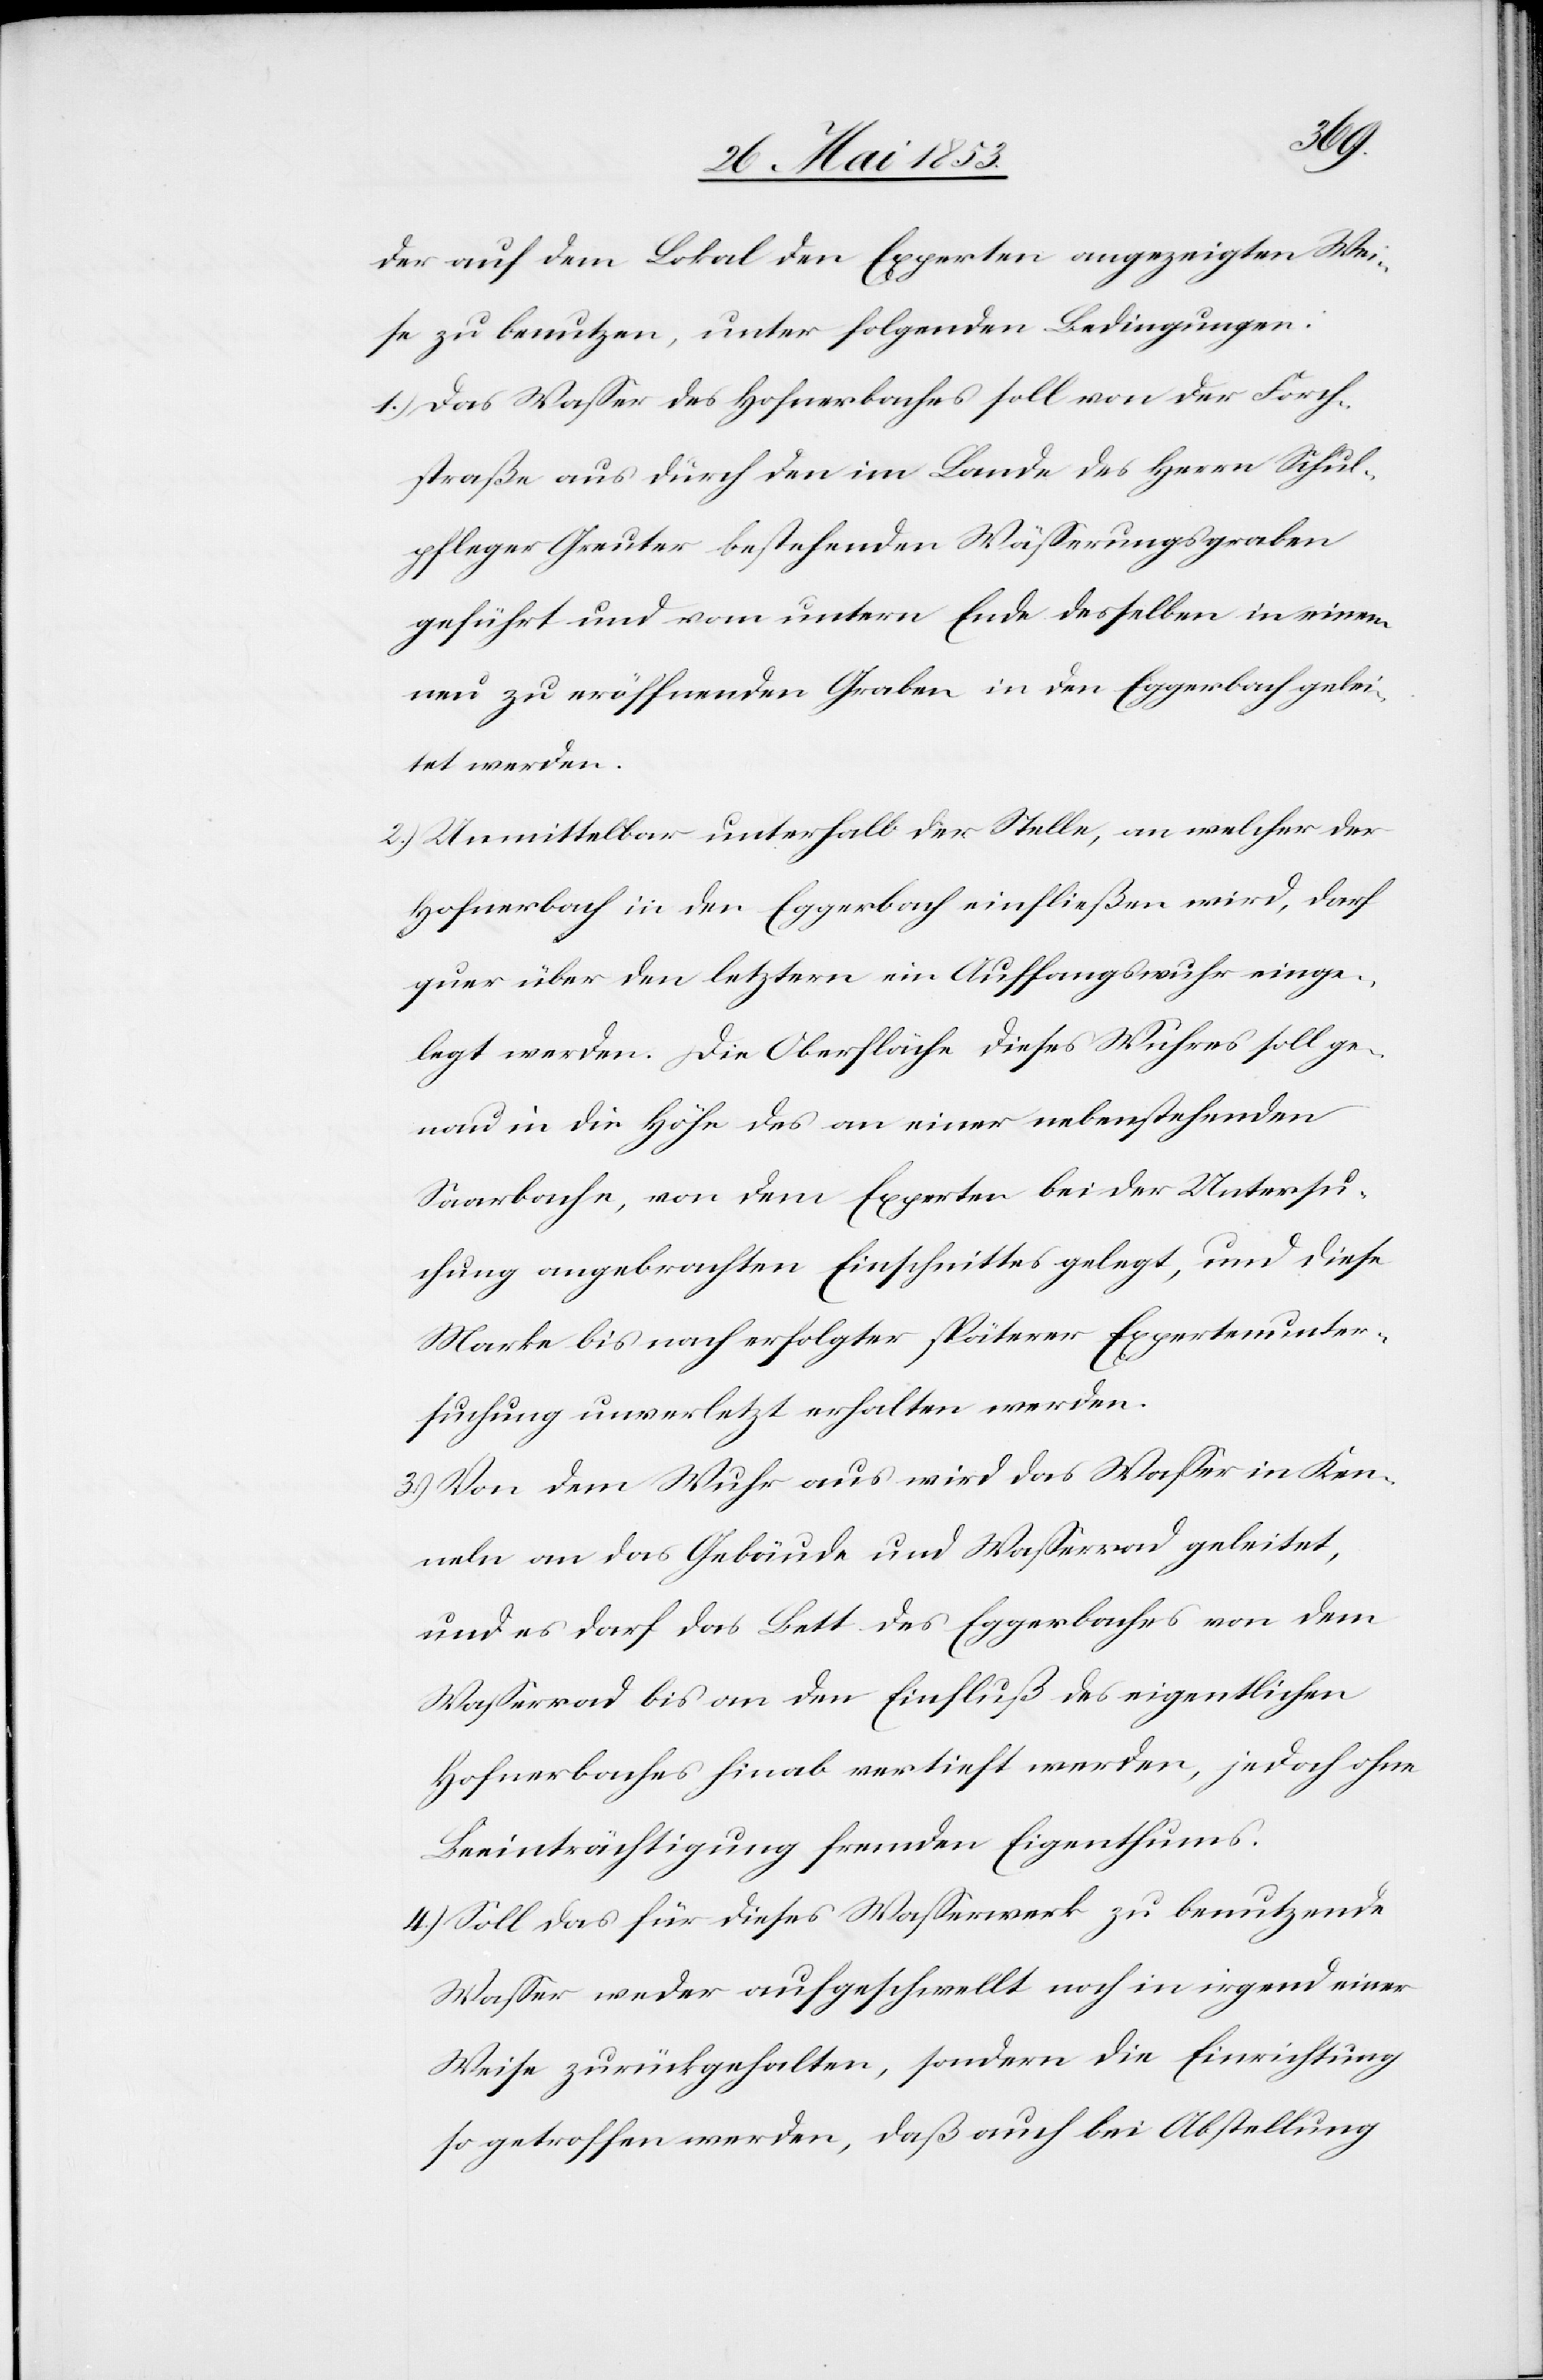
der auf dem Lokal den Experten angezeigten Wei¬
se zu benutzen, unter folgenden Bedingungen.
1.) das Waßer des Hofnerbaches soll von der Forch¬
straße aus durch den im Lande des Herrn Schul¬
pfleger Greuter bestehenden Wäßerungsgraben
geführt und vom untern Ende desselben in einem
neu zu eröffnenden Graben in den Eggersbach gelei¬
tet werden.
2.) Unmittelbar unterhalb der Stelle, an welcher der
Hofnerbach in den Eggerbach einfließen wird, darf
quer über den letztern ein Auffangswuhr einge¬
legt werden. Die Oberfläche dieses Wuhres soll ge¬
nau in die Höhe des an einer nebenstehenden
Saarbache, von dem Experten bei der Untersu¬
chung angebrachten Einschnittes gelegt, und diese
Marke bis nach erfolgter späterer Expertenunter¬
suchung unverletzt erhalten werden.
3.) Von dem Wuhr aus wird das Waßer in Ken¬
neln an das Gebäude und Waßerrad geleitet,
und es darf in das Bett des Eggerbaches von dem
Waßerrad bis an den Einfluß des eigenthlichen
Hofnerbaches hinab vertieft werden, jedoch ohne
Beeinträchtigung fremden Eigenthums.
4.) Soll das für dieses Waßerwerk zu benutzende
Waßer weder aufgeschwellt noch in irgend einer
Weise zurückgehalten, sondern die Einrichtung
so getroffen werden, daß auch bei Abstellung